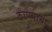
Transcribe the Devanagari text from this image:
ठाण्याचा